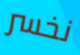
نخسر